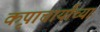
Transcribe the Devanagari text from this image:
कृपाचार्यांच्या